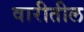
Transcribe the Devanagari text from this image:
वारीतील